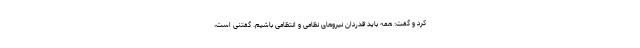
کرد و گفت: همه باید قدردان نیروهای نظامی و انتظامی باشیم. گفتنی است،